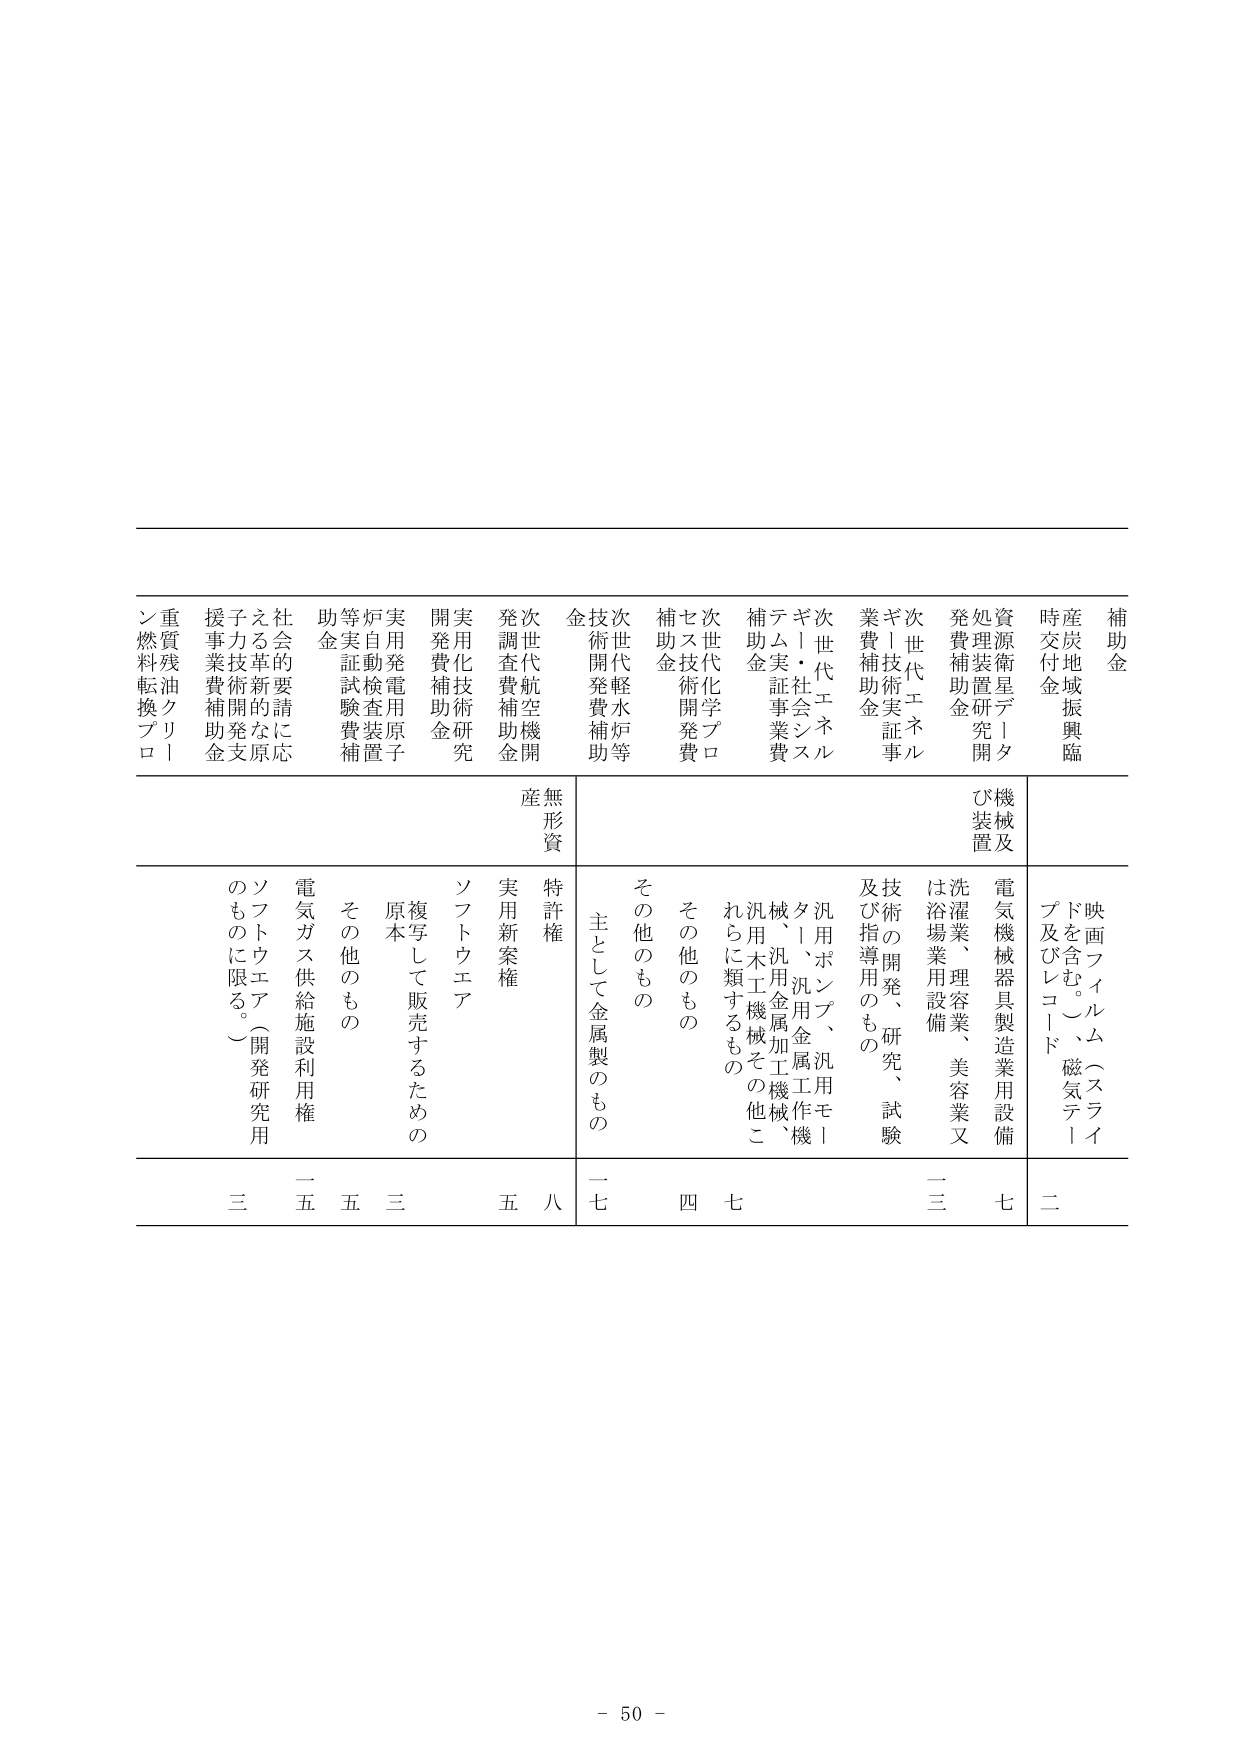
補助金
時交付金
産炭地域振興臨
資源衛星データ
処理装置研究開発費補助金
次世代エネルギー技術実証事業費補助金
次世代エネルギー技術実証事業費補助金
ギー・社会システム実証事業費補助金
次世代化学プロセス技術開発費補助金
次世代軽水炉等技術開発費補助金
無形資産
特許権
実用新案権
ソフトウエア
複写して販売するための原本
その他のもの
電気ガス供給施設利用権
ソフトウエア（開発研究用のものに限る。）
重質残油クリーン燃料転換プロ
子力技術開発支援金
社会的要請に応える革新的な原
実用発電用原子炉自動検査装置等実証試験費補助金
実用化技術研究開発費補助金
次世代航空機開発調査費補助金
映画フィルム（スライドを含む。）、磁気テープ及びレコード
電気機械器具製造業用設備
洗濯業、理容業、美容業又は浴場業用設備
技術の開発、研究、試験及び指導用のもの
汎用ポンプ、汎用モータ、汎用金属工作機械、汎用金属加工機械、汎用木工機械その他これらに類するもの
その他のもの
主として金属製のもの
その他のもの
二
七
二三
七
四
七
一七
八
五
三
五
三
五
三